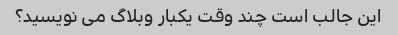
این جالب است چند وقت یکبار وبلاگ می نویسید؟